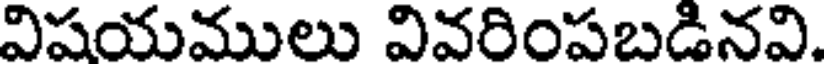
విషయములు వివరింపబడినవి.